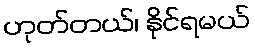
ဟုတ်တယ်၊ နိုင်ရမယ်